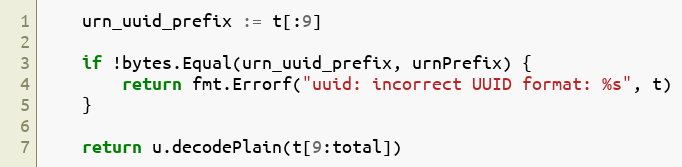
Language: Go
	urn_uuid_prefix := t[:9]

	if !bytes.Equal(urn_uuid_prefix, urnPrefix) {
		return fmt.Errorf("uuid: incorrect UUID format: %s", t)
	}

	return u.decodePlain(t[9:total])